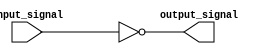
module not_gate(
    input wire input_signal,
    output reg output_signal
);

always @(*) begin
    output_signal = ~input_signal;
end

endmodule